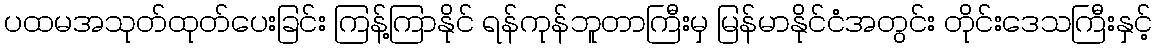
ပထမအသုတ်ထုတ်ပေးခြင်း ကြန့်ကြာနိုင် ရန်ကုန်ဘူတာကြီးမှ မြန်မာနိုင်ငံအတွင်း တိုင်းဒေသကြီးနှင့်